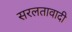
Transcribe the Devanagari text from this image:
सरलतावादी